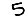
Digit: 5